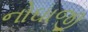
નોઘાજી